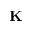
\bf { K }